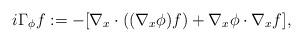
LaTeX: \begin{align*}i \Gamma_{\phi} f : = -[\nabla_x \cdot ((\nabla_x \phi) f) + \nabla_x \phi \cdot \nabla_x f] ,\end{align*}